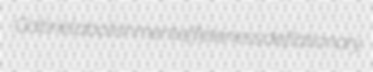
Gabriel abolishment effeteness deflationary